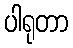
ပါရုတာ